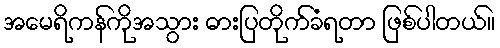
အမေရိကန်ကိုအသွား ဓားပြတိုက်ခံရတာ ဖြစ်ပါတယ်။